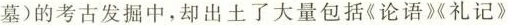
墓)的考古发掘中，却出土了大量包括《论语》礼记》